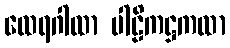
ထေရဂါထာ ပါဠိကဋ္ဌကထာ